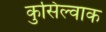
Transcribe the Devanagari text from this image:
कुसिल्वाक